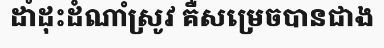
ដាំដុះដំណាំស្រូវ គឺសម្រេចបានជាង